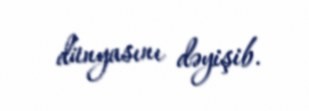
dünyasını dəyişib.